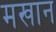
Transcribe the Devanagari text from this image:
मखान